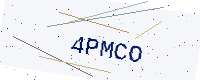
Text: 4PMCO